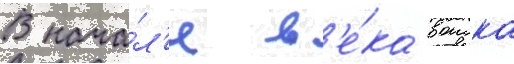
В нача́л'е в'е́ка воиска